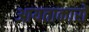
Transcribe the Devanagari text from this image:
आयताकारों